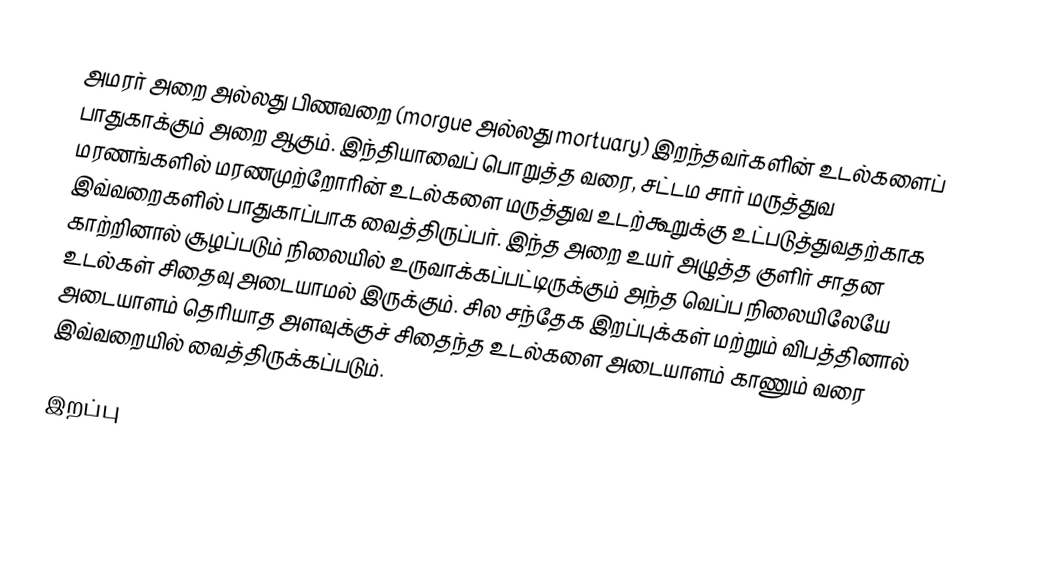
அமரர் அறை அல்லது பிணவறை (morgue அல்லது mortuary) இறந்தவர்களின் உடல்களைப் பாதுகாக்கும் அறை ஆகும். இந்தியாவைப் பொறுத்த வரை, சட்டம சார் மருத்துவ மரணங்களில் மரணமுற்றோரின் உடல்களை மருத்துவ உடற்கூறுக்கு உட்படுத்துவதற்காக இவ்வறைகளில் பாதுகாப்பாக வைத்திருப்பர். இந்த அறை உயர் அழுத்த குளிர் சாதன காற்றினால் சூழப்படும் நிலையில் உருவாக்கப்பட்டிருக்கும் அந்த வெப்ப நிலையிலேயே உடல்கள் சிதைவு அடையாமல் இருக்கும். சில சந்தேக இறப்புக்கள் மற்றும் விபத்தினால் அடையாளம் தெரியாத அளவுக்குச் சிதைந்த உடல்களை அடையாளம் காணும் வரை இவ்வறையில் வைத்திருக்கப்படும்.

இறப்பு